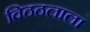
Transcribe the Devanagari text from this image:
विठठलाला